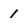
Character: 1